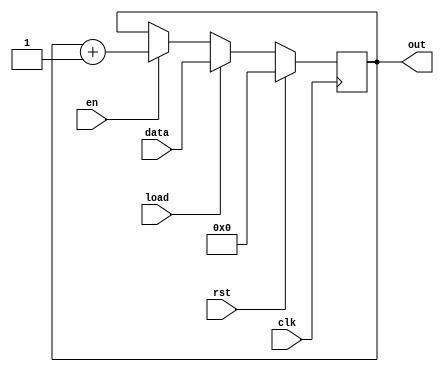
module eightBitCounterLoad(
    input wire clk,
    input wire en,
    input wire rst,
    input wire load,
    input wire [7:0] data,
    output reg [7:0] out
);
   
    always @ (posedge clk) begin
        if (rst == 1'b1)begin
            out <= 8'b0;
        end
        else if (load == 1'b1) begin
            out <= data;
        end
        else if (en == 1'b1) begin
            out <= out + 1'b1;
        end
    end 
endmodule